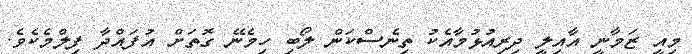
މިއީ ޒަމާނީ އާއިލީ ދިރިއުޅުމާއެކު ތިނެސްކަން ލޯބި ހިމެނޭ ގޮތަށް އުފައްދާ ފިލްމެކެވެ.